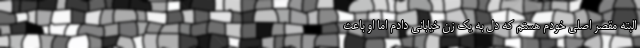
البته مقصر اصلی خودم هستم که دل به یک زن خیابانی دادم اما او باعث